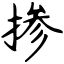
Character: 掺